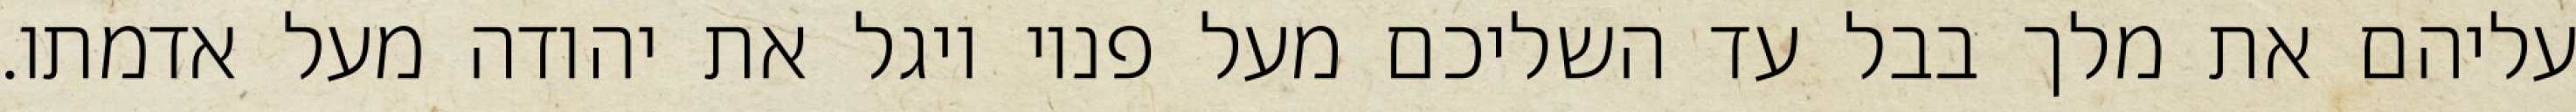
עליהם את מלך בבל עד השליכם מעל פניו ויגל את יהודה מעל אדמתו.